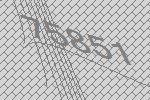
75851